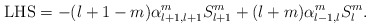
\begin{align*}\mbox{LHS}=-(l+1-m)\alpha_{l+1,l+1}^mS_{l+1}^m+(l+m)\alpha_{l-1,l}^mS_l^m.\end{align*}